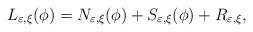
\begin{align*}L_{\varepsilon,\xi}(\phi)=N_{\varepsilon,\xi}(\phi)+S_{\varepsilon,\xi}(\phi)+R_{\varepsilon,\xi},\end{align*}